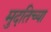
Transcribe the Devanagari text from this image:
मुदतिच्या